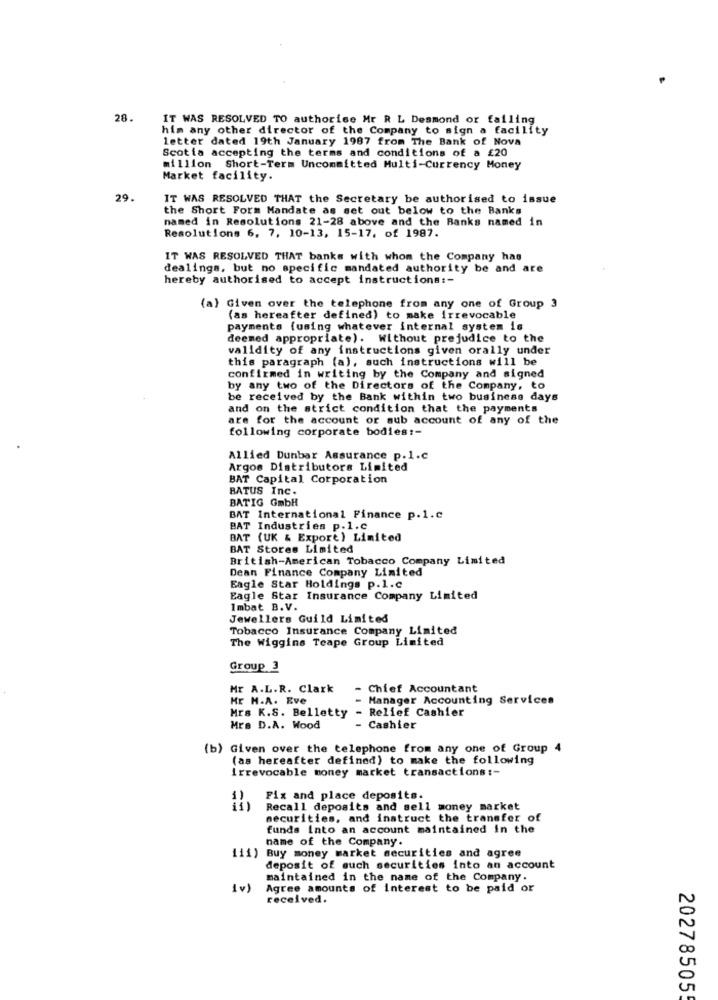
28.
IT WAS RESOLVED TO authorise Mr R L Desmond or failing
him any other director of the Company to sign a facility
letter dated 19th January 1987 from The Bank of Nova
Scotia accepting the terms and conditions of a £20
million Short-Term Uncommitted Multi-Currency Money
Market facility.
29.
IT WAS RESOLVED THAT the Secretary be authorised to issue
the Short Form Mandate as set out below to the Banks
named in Resolutions 21-28 above and the Banks named in
Resolutions 6, 7, 10-13, 15-17, of 1987.
IT WAS RESOLVED THAT banks with whom the Company has
dealings, but no specific mandated authority be and are
hereby authorised to accept instructions :-
(a) Given over the telephone from any one of Group 3
(as hereafter defined) to make irrevocable
payments (using whatever internal system is
deemed appropriate). Without prejudice to the
validity of any instructions given orally under
this paragraph (a), such instructions will be
confirmed in writing by the Company and signed
by any two of the Directors of the Company, to
be received by the Bank within two business days
and on the strict condition that the payments
are for the account or sub account of any of the
following corporate bodies :-
Allied Dunbar Assurance p.1.c
Argos Distributors Limited
BAT Capital Corporation
BATUS Inc.
BATIG GmbH
BAT International Finance p.1.c
BAT Industries p.1.C
BAT (UK & Export) Limited
BAT Stores Limited
British-American Tobacco Company Limited
Dean Finance Company Limited
Eagle Star Holdings p.l.C
Eagle Star Insurance Company Limited
Imbat B.V.
Jewellers Guild Limited
Tobacco Insurance Company Limited
The Wiggins Teape Group Limited
Group 3
Mr A.L.R. Clark
- Chief Accountant
HE H.A. Eve
- Manager Accounting Services
Mrs K.S. Belletty
- Relief Cashier
Mra D.A. Wood
Cashier
(b) Given over the telephone from any one of Group 4
(as hereafter defined) to make the following
irrevocable money market transactions :-
Fix and place deposits.
Recall deposits and sell money market
securities, and instruct the transfer of
funds Into an account maintained in the
name of the Company.
111)
Buy money market securities and agree
deposit of such securities into an account
maintained in the name of the Company.
1v)
Agree amounts of interest to be paid or
received.
20278505